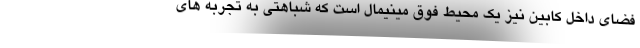
فضای داخل کابین نیز یک محیط فوق مینیمال است که شباهتی به تجربه های